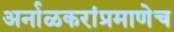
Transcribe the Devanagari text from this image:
अर्नाळकरांप्रमाणेच